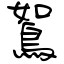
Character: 鴽